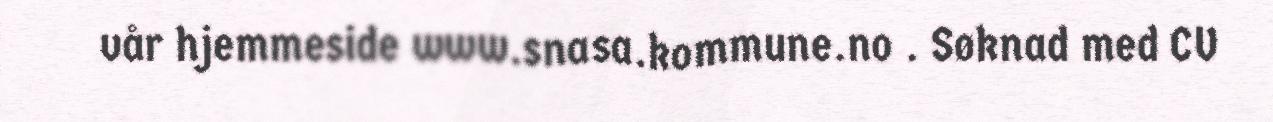
vår hjemmeside www.snasa.kommune.no . Søknad med CV